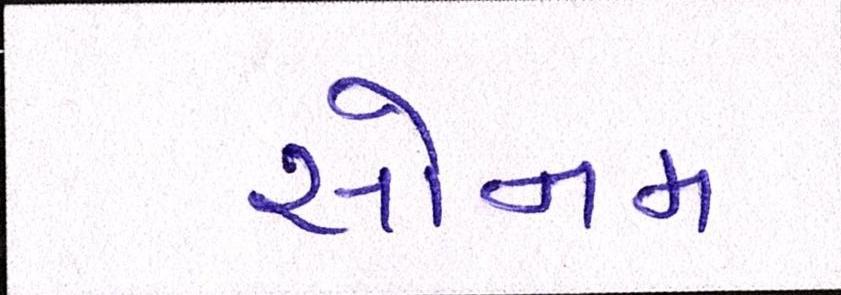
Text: સોનમ